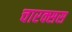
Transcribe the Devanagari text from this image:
चारक्सस